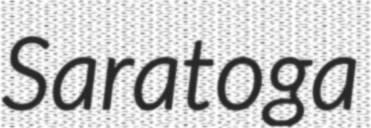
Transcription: Saratoga